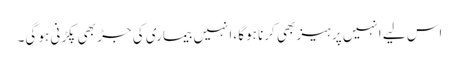
اس لیے انہیں پرہیز بھی کرنا ہوگا ،انہیں بیماری کی جڑ بھی پکڑنی ہو گی۔